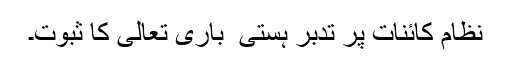
نظام ِکائنات پر تدبّر ہستی ٔ باری تعالیٰ کا ثبوت۔